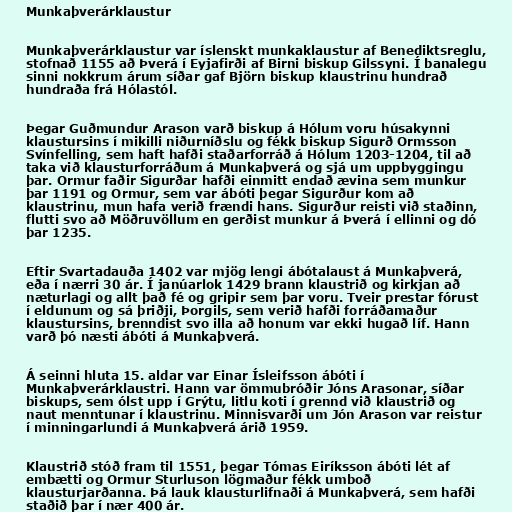
Munkaþverárklaustur

Munkaþverárklaustur var íslenskt munkaklaustur af Benediktsreglu,
stofnað 1155 að Þverá í Eyjafirði af Birni biskup Gilssyni. Í banalegu
sinni nokkrum árum síðar gaf Björn biskup klaustrinu hundrað
hundraða frá Hólastól.

Þegar Guðmundur Arason varð biskup á Hólum voru húsakynni
klaustursins í mikilli niðurníðslu og fékk biskup Sigurð Ormsson
Svínfelling, sem haft hafði staðarforráð á Hólum 1203-1204, til að
taka við klausturforráðum á Munkaþverá og sjá um uppbyggingu
þar. Ormur faðir Sigurðar hafði einmitt endað ævina sem munkur
þar 1191 og Ormur, sem var ábóti þegar Sigurður kom að
klaustrinu, mun hafa verið frændi hans. Sigurður reisti við staðinn,
flutti svo að Möðruvöllum en gerðist munkur á Þverá í ellinni og dó
þar 1235.

Eftir Svartadauða 1402 var mjög lengi ábótalaust á Munkaþverá,
eða í nærri 30 ár. Í janúarlok 1429 brann klaustrið og kirkjan að
næturlagi og allt það fé og gripir sem þar voru. Tveir prestar fórust
í eldunum og sá þriðji, Þorgils, sem verið hafði forráðamaður
klaustursins, brenndist svo illa að honum var ekki hugað líf. Hann
varð þó næsti ábóti á Munkaþverá.

Á seinni hluta 15. aldar var Einar Ísleifsson ábóti í
Munkaþverárklaustri. Hann var ömmubróðir Jóns Arasonar, síðar
biskups, sem ólst upp í Grýtu, litlu koti í grennd við klaustrið og
naut menntunar í klaustrinu. Minnisvarði um Jón Arason var reistur
í minningarlundi á Munkaþverá árið 1959.

Klaustrið stóð fram til 1551, þegar Tómas Eiríksson ábóti lét af
embætti og Ormur Sturluson lögmaður fékk umboð
klausturjarðanna. Þá lauk klausturlifnaði á Munkaþverá, sem hafði
staðið þar í nær 400 ár.